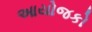
આયોજકો